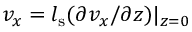
v _ { x } = l _ { \mathrm { s } } ( \partial v _ { x } / \partial z ) | _ { z = 0 }